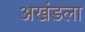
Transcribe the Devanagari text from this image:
अखंडला